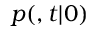
p ( \r , t | \r _ { 0 } )